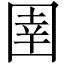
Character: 圉